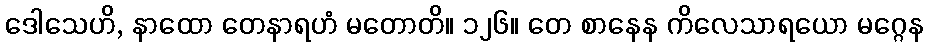
ဒေါသေဟိ, နာထော တေနာရဟံ မတောတိ။ ၁၂၆။ တေ စာနေန ကိလေသာရယော မဂ္ဂေန